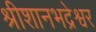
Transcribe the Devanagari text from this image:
श्रीशानभद्रेश्वर